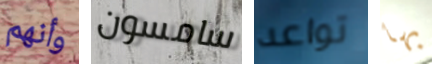
وأنهم سامسون تواعد بها